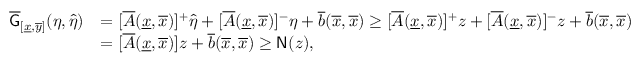
\begin{array} { r l } { \overline { { \mathsf { G } } } _ { [ \underline { { x } } , \overline { { y } } ] } ( \eta , \widehat { \eta } ) } & { = [ \overline { { A } } ( \underline { { x } } , \overline { { x } } ) ] ^ { + } \widehat { \eta } + [ \overline { { A } } ( \underline { { x } } , \overline { { x } } ) ] ^ { - } \eta + \overline { { b } } ( \overline { { x } } , \overline { { x } } ) \ge [ \overline { { A } } ( \underline { { x } } , \overline { { x } } ) ] ^ { + } z + [ \overline { { A } } ( \underline { { x } } , \overline { { x } } ) ] ^ { - } z + \overline { { b } } ( \overline { { x } } , \overline { { x } } ) } \\ & { = [ \overline { { A } } ( \underline { { x } } , \overline { { x } } ) ] z + \overline { { b } } ( \overline { { x } } , \overline { { x } } ) \ge \mathsf { N } ( z ) , } \end{array}